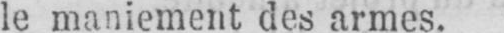
le maniement des armes.